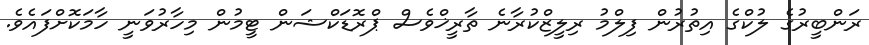
ރަންބީރުގެ ލުކްގެ އިތުރުން ފިލްމު ރިލީޒްކުރާނެ ތާރީޚްވެސް ޕްރޮޑަކްޝަން ޓީމުން މިހާރުވަނީ ހާމަކޮށްފައެވެ.